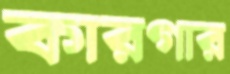
কারগার